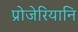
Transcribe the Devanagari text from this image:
प्रोजेरियानि